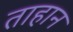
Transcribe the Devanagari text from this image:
ताहान